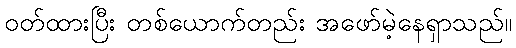
ဝတ်ထားပြီး တစ်ယောက်တည်း အဖော်မဲ့နေရှာသည်။